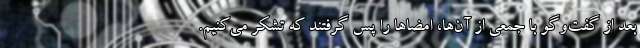
بعد از گفت‌وگو با جمعی از آن‌ها، امضاها را پس گرفتند که تشکر می‌کنیم.